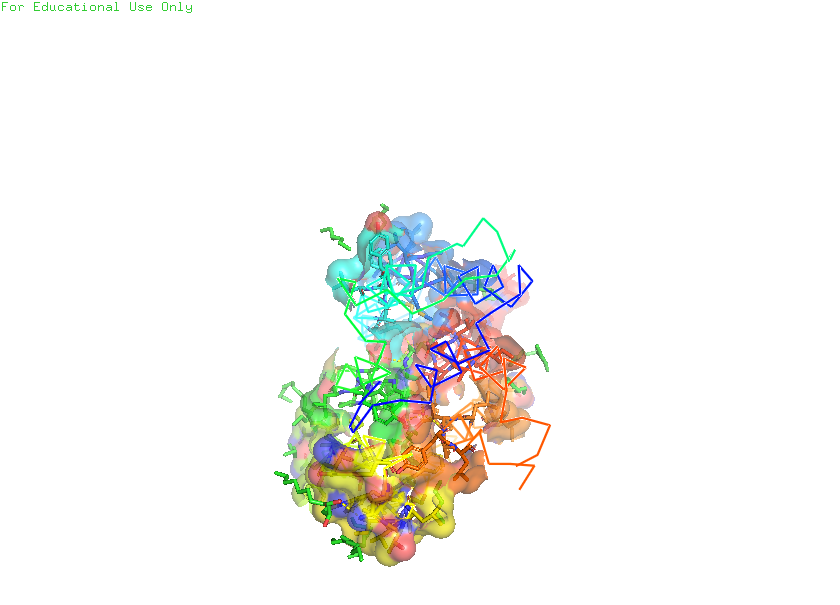
pymol, preset, ligand_sites_trans_hq